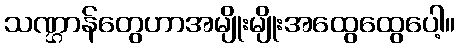
သဏ္ဌာန်တွေဟာအမျိုးမျိုးအထွေထွေပေါ့။